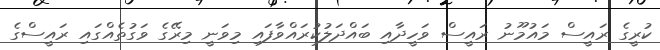
ކުރީގެ ރައީސް މައުމޫނު ރައީސް ވަހީދާއި ބައްދަލުކުރައްވާފައި މިވަނީ މިރޭގެ ވަގުތެއްގައި ރައީސްގެ